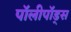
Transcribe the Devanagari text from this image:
पॉलीपॉड्स